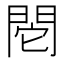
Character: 𨳷